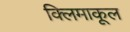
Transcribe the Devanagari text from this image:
क्लिमाकूल